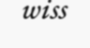
wiss